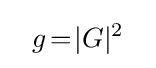
~~g\!=\!|G|^{2}~~